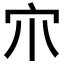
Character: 𡦾